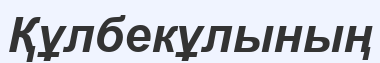
Құлбекұлының